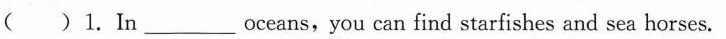
( )1.In___ oceans,you can find starfishes and sea horses.